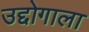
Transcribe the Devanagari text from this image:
उद्दोगाला